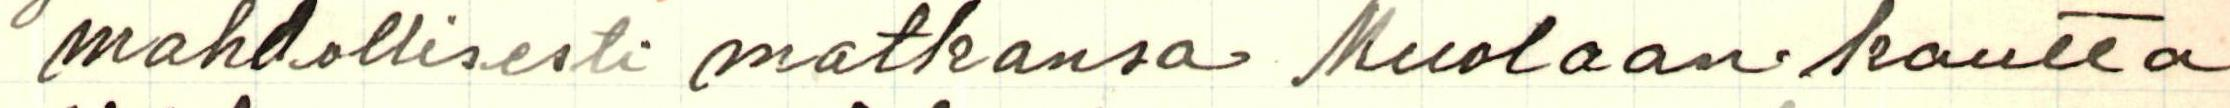
mahdollisesti matkansa Muolaan kautta